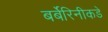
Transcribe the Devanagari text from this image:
बर्बेरिनीकडे